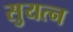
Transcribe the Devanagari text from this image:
सुयत्न